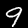
Label: 9